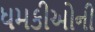
ધમકીઓની